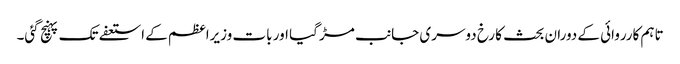
تاہم کارروائی کے دوران بحث کا رخ دوسری جانب مڑ گیا اور بات وزیراعظم کے استعفے تک پہنچ گئی۔